画像に写った文字を読んでください
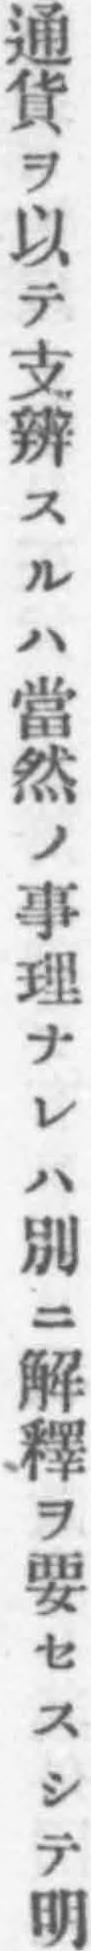
「通貨ヲ以テ支辨スルハ當然ノ事理ナレハ別ニ解釋ヲ要セスシテ明」と書いてあります